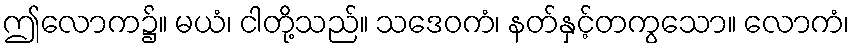
ဤလောက၌။ မယံ၊ ငါတို့သည်။ သဒေဝကံ၊ နတ်နှင့်တကွသော။ လောကံ၊